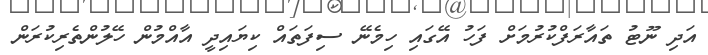
އަދި ނޫޓު ތައާރަފްކުރުމަށް ފަހު އޭގައި ހިމެނޭ ސިފަތައް ކިޔައިދީ އާއްމުން ހޭލުންތެރިކުރަން